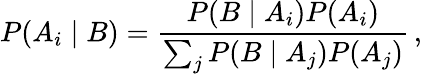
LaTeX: P(A_{i}\mid B)={\frac{P(B\mid A_{i})P(A_{i})}{\sum_{j}P(B\mid A_{j})P(A_{j})}}\, ,